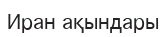
Иран ақындары